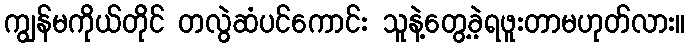
ကျွန်မကိုယ်တိုင် တလွဲဆံပင်ကောင်း သူနဲ့တွေ့ခဲ့ရဖူးတာမဟုတ်လား။